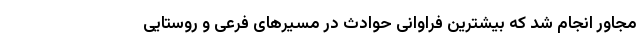
مجاور انجام شد که بیشترین فراوانی حوادث در مسیرهای فرعی و روستایی